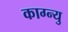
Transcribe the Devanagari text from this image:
काग्न्यु